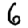
Digit: 6